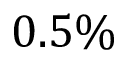
0 . 5 \%